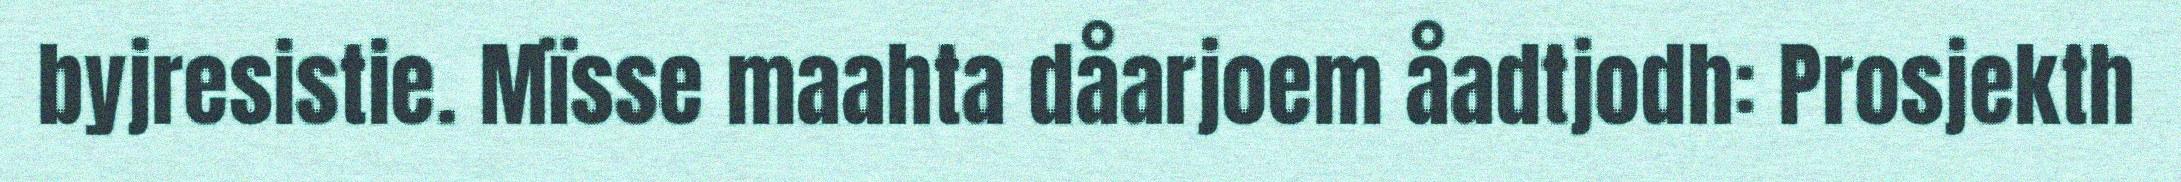
byjresistie. Mïsse maahta dåarjoem åadtjodh: Prosjekth